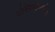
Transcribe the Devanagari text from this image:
गोविंदप्रभूंसंबंधीच्या